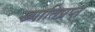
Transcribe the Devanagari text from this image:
ख्यातिप्रप्त